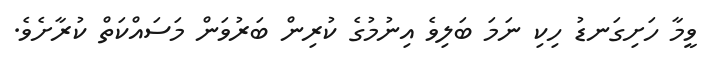
ވީމާ ހަށިގަނޑު ހިކި ނަމަ ބަލިވެ އިނުމުގެ ކުރިން ބަރުވަން މަސައްކަތް ކުރާށެވެ.